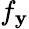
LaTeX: f_{\mathbf{y}}